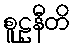
စူဠနီတိ